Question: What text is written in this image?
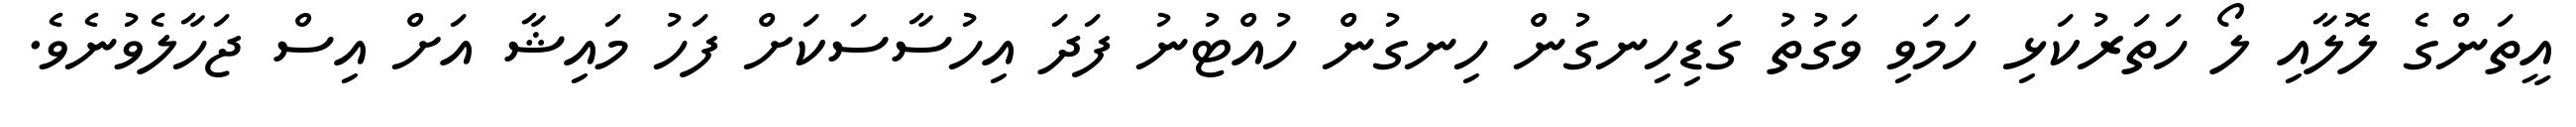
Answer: އީތަންގެ ލޮލާއި ލޯ ހަތަރުކަޅި ހަމަވި ވަގުތު ގަޑިހިނގުން ހިނގުން ހުއްޓުނު ފަދަ އިހުސާސަކަށް ފަހު މައިޝާ އަށް އިސް ޖަހާލެވުނެވެ.